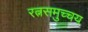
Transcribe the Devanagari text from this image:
रत्नसमुच्चय